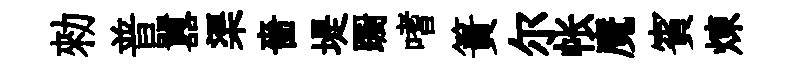
勑普囂渠嗇堤蹰嗜簣尔帐魔賓煉